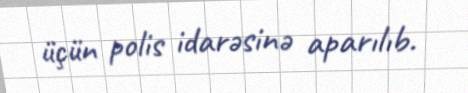
üçün polis idarəsinə aparılıb.